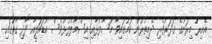
އެއިރު މިރަށުގެ ޤަދަރުވެރި ދެމިތުރުން ކަމުގައިވާ މޫސާފުޅާއި އިސްމާލުފުޅުވެސް ކުޑައަލީއާ ދާދި ގާތުގައި